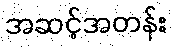
အဆင့်အတန်း